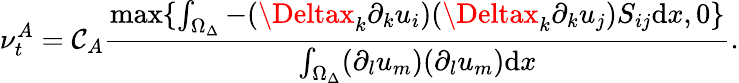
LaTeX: \nu_{t}^{A}=\mathcal{C}_{A}\frac{{\mathrm{{max}}\{ \int_{\Omega_{\Delta}}-(\Deltax_{k}\partial_{k}u_{i})(\Deltax_{k}\partial_{k}u_{j})S_{ij}\mathrm{{d}}x,0\} }}{{\int_{\Omega_{\Delta}}(\partial_{l}u_{m})(\partial_{l}u_{m})\mathrm{{d}}x}}.